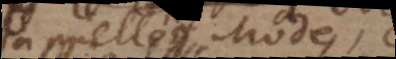
l’appellés Mode,